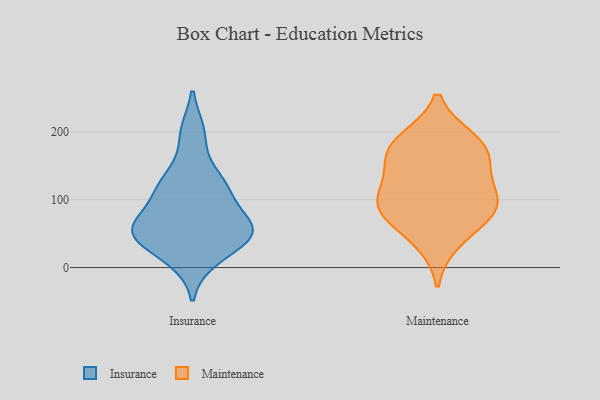
{"axis": {"x": "Gross Profit (USD K)", "y": "Value"}, "legend": ["Insurance", "Maintenance"], "data": [{"x": "", "y": 59, "type": "Insurance"}, {"x": "", "y": 57, "type": "Insurance"}, {"x": "", "y": 110, "type": "Insurance"}, {"x": "", "y": 111, "type": "Insurance"}, {"x": "", "y": 12, "type": "Insurance"}, {"x": "", "y": 136, "type": "Insurance"}, {"x": "", "y": 50, "type": "Insurance"}, {"x": "", "y": 199, "type": "Insurance"}, {"x": "", "y": 42, "type": "Insurance"}, {"x": "", "y": 60, "type": "Insurance"}, {"x": "", "y": 137, "type": "Maintenance"}, {"x": "", "y": 189, "type": "Maintenance"}, {"x": "", "y": 90, "type": "Maintenance"}, {"x": "", "y": 187, "type": "Maintenance"}, {"x": "", "y": 38, "type": "Maintenance"}, {"x": "", "y": 165, "type": "Maintenance"}, {"x": "", "y": 93, "type": "Maintenance"}, {"x": "", "y": 89, "type": "Maintenance"}, {"x": "", "y": 110, "type": "Maintenance"}, {"x": "", "y": 71, "type": "Maintenance"}, {"x": "", "y": 164, "type": "Maintenance"}]}